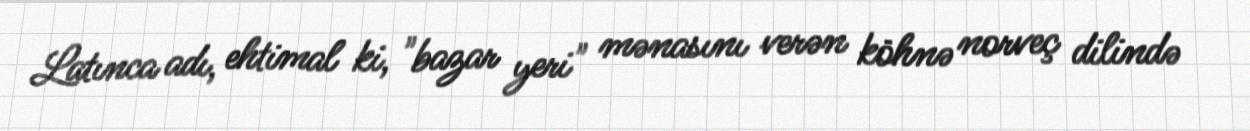
Latınca adı, ehtimal ki, "bazar yeri" mənasını verən köhnə norveç dilində